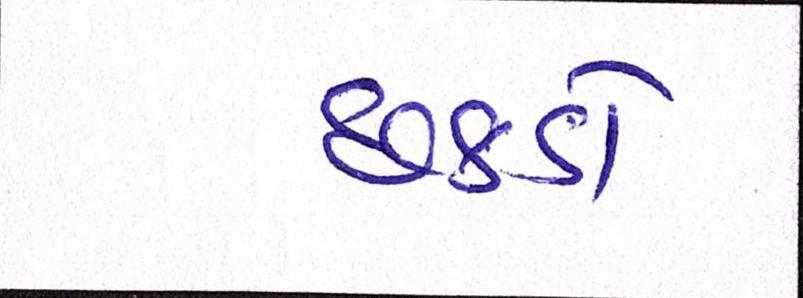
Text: છકડો